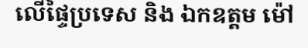
លើផ្ទៃប្រទេស និង ឯកឧត្តម ម៉ៅ